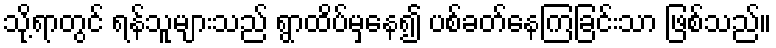
သို့ရာတွင် ရန်သူများသည် ရွာထိပ်မှနေ၍ ပစ်ခတ်နေကြခြင်းသာ ဖြစ်သည်။